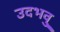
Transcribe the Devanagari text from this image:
उदभवु